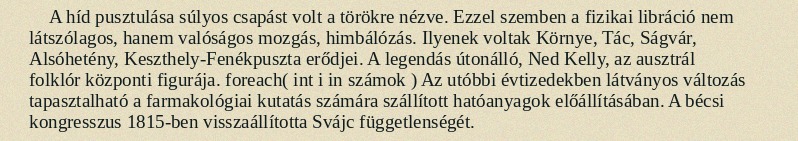
A híd pusztulása súlyos csapást volt a törökre nézve. Ezzel szemben a fizikai libráció nem látszólagos, hanem valóságos mozgás, himbálózás. Ilyenek voltak Környe, Tác, Ságvár, Alsóhetény, Keszthely-Fenékpuszta erődjei. A legendás útonálló, Ned Kelly, az ausztrál folklór központi figurája. foreach( int i in számok ) Az utóbbi évtizedekben látványos változás tapasztalható a farmakológiai kutatás számára szállított hatóanyagok előállításában. A bécsi kongresszus 1815-ben visszaállította Svájc függetlenségét.